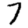
Digit: 7